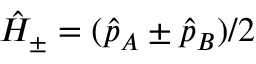
\hat { H } _ { \pm } = ( \hat { p } _ { A } \pm \hat { p } _ { B } ) / 2